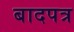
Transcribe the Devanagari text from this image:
बादपत्र